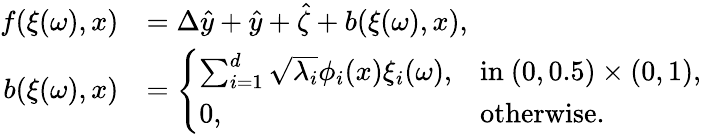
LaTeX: \begin{array}{rl}{f(\xi(\omega),x)}&{=\Delta\hat{y}+\hat{y}+\hat{\zeta}+b(\xi(\omega),x),}\\ {b(\xi(\omega),x)}&{=\left\{ \begin{array}{ll}{\sum_{i=1}^{d}\sqrt{\lambda_{i}}\phi_{i}(x)\xi_{i}(\omega),}&{\mathrm{in~}(0,0.5)\times(0,1),}\\ {0,}&{\mathrm{otherwise}.}\end{array}\right.}\end{array}